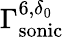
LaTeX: \Gamma_{\mathrm{sonic}}^{6,\delta_{0}}